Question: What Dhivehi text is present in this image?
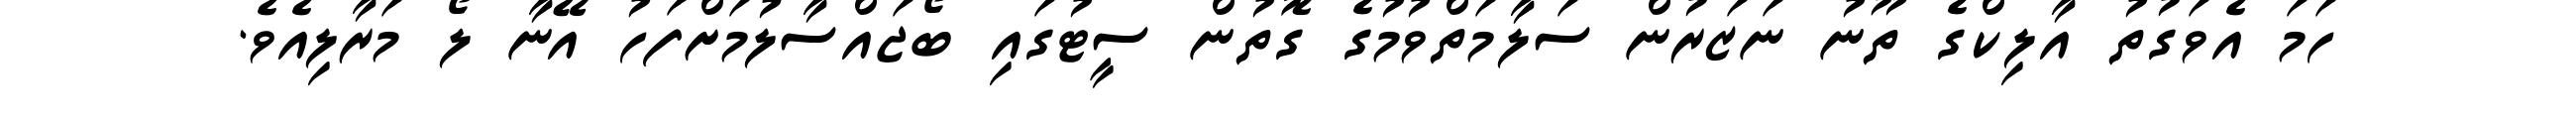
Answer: ހަމަ އެވަގުތު އާލިކްގެ ތޫނު ނަޒަރުން ސަލާމަތްވުމުގެ ގޮތުން ސީޓުގައި ބޯޖައްސާލުމަށްފަހު އޭނާ ލޯ މަރާލިއެވެ.